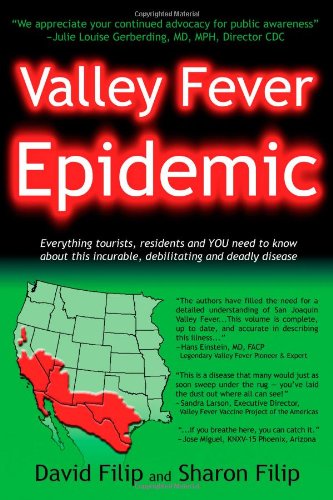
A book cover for Valley Fever Epidemic; David Filip; Health, Fitness & Dieting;